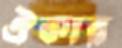
ঐকার